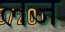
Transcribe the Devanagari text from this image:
लज